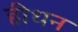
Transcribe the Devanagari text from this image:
हीथन